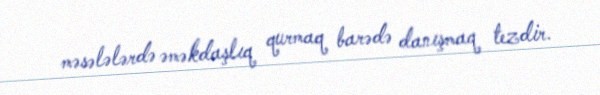
məsələlərdə əməkdaşlıq qurmaq barədə danışmaq tezdir.